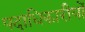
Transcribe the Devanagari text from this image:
पदाधिकारीयों